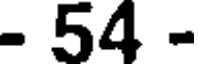
- 54 -